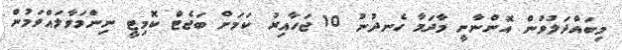
މިބައްދަލުވުން އޮންނާނީ މާދަމާ ހެނދުނު 10 ޖަހާއިރު ކަމަށް ބަޖެޓް ކޮމިިޓީ ނިންމަވާލައްވަމުން